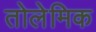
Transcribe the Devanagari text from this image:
तोलेमिक